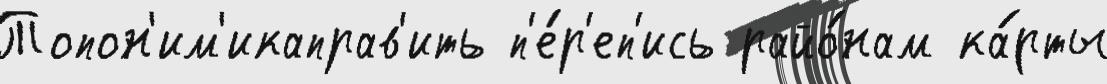
Топон'им'икаправ'ить п'е́р'еп'ись райо́нам ка́рты